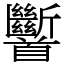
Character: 𩠹